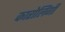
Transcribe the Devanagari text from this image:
कारोलिंगी